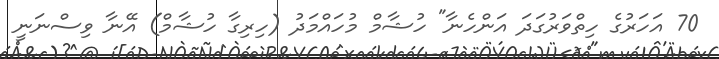
70 އަހަރުގެ ހިތްވަރުގަދަ އަންހެނާ" ހުޝާމް މުހައްމަދު (ހިރިގާ ހުޝާމް) އޭނާ ވިސްނަނީ